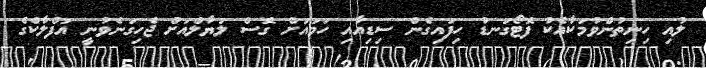
ލުއި ހިނިތުންވުމަކާއެކު ފޮޓޯގަނޑު ހިފައިގެން ސިޑިއާއި ހަމައަށް ގޮސް ލަޔާލްއަށް ޖެހިގަނެވުނީ އަފްލާކްގެ